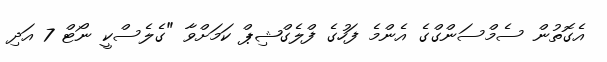
އެގޮތުން ސެމްސަންގްގެ އެންމެ ފަހުގެ ފްލެގްޝިޕް ކަމަށްވާ "ގެލެސްކީ ނޯޓް 7 އަދި